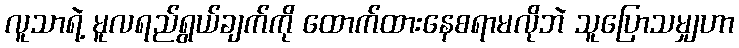
လူသာရဲ့ မူလရည်ရွယ်ချက်ကို ထောက်ထားနေစရာမလိုဘဲ သူပြောသမျှဟာ